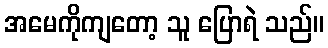
အမေကိုကျတော့ သူ ပြောရဲ သည်။